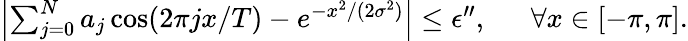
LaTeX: \begin{array}{rl}{\left|\sum_{j=0}^{N}a_{j}\cos(2\pi jx/T)-e^{-x^{2}/(2\sigma^{2})}\right|\le\epsilon^{\prime\prime},~}&{{}~\forall x\in[-\pi,\pi].}\end{array}